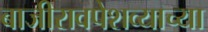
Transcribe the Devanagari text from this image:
बाजीरावपेशव्याच्या